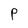
Character: P